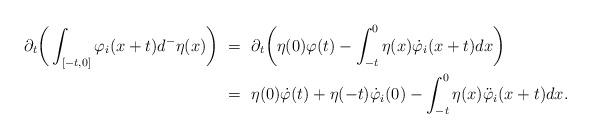
LaTeX: \begin{align*}\partial_t\bigg(\int_{[-t,0]}\varphi_i(x+t)d^-\eta(x)\bigg) \ &= \ \partial_t\bigg(\eta(0)\varphi(t) - \int_{-t}^0\eta(x)\dot\varphi_i(x+t)dx\bigg) \\&= \ \eta(0)\dot\varphi(t) + \eta(-t)\dot\varphi_i(0) - \int_{-t}^0 \eta(x)\ddot\varphi_i(x+t) dx.\end{align*}